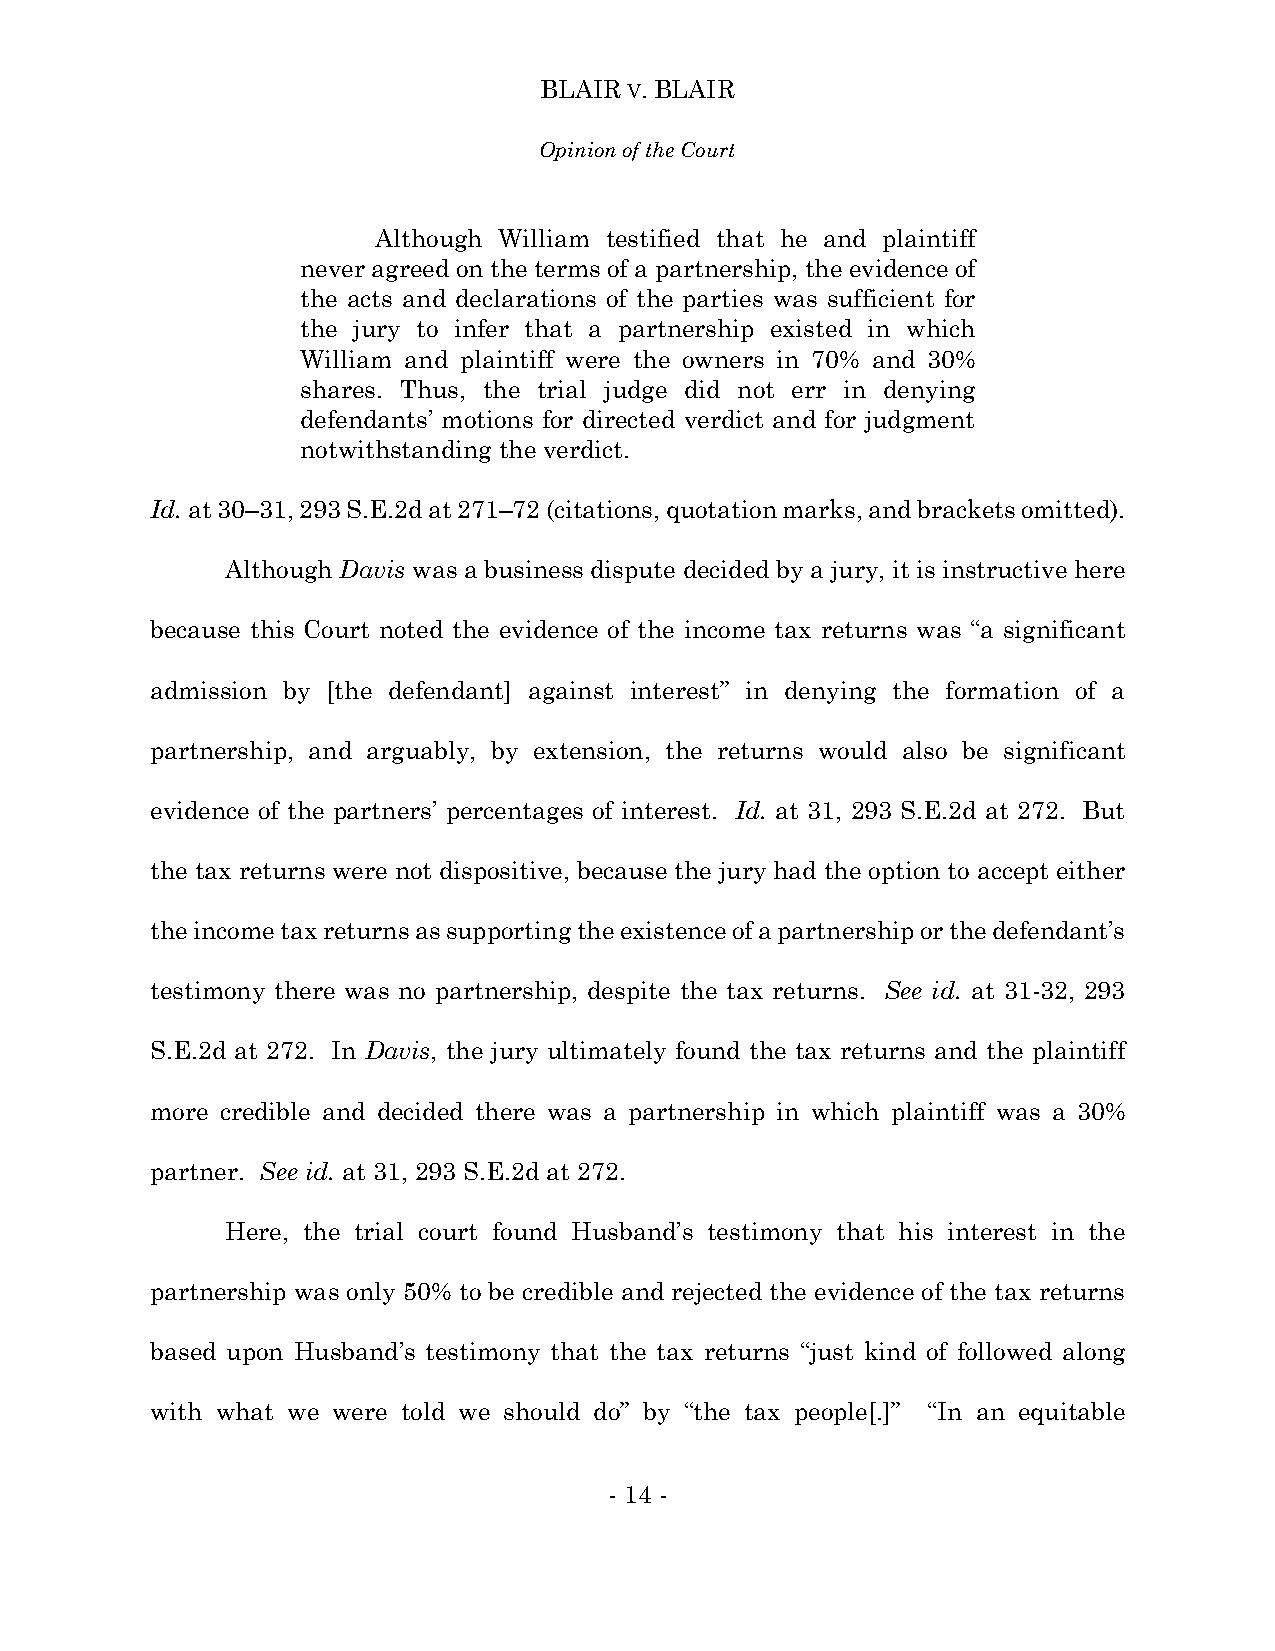
BLAIR V. BLAIR
 Opinion of the Court
 Although William testified that he and plaintiff
 never agreed on the terms of a partnership, the evidence of
 the acts and declarations of the parties was sufficient for
 the jury to infer that a partnership existed in which
 William and plaintiff were the owners in 70% and 30%
 shares. Thus, the trial judge did not err in denying
 defendants’ motions for directed verdict and for judgment
 notwithstanding the verdict.
 Id. at 30–31, 293 S.E.2d at 271–72 (citations, quotation marks, and brackets omitted).
 Although Davis was a business dispute decided by a jury, it is instructive here
 because this Court noted the evidence of the income tax returns was “a significant
 admission by [the defendant] against interest” in denying the formation of a
 partnership, and arguably, by extension, the returns would also be significant
 evidence of the partners’ percentages of interest. Id. at 31, 293 S.E.2d at 272. But
 the tax returns were not dispositive, because the jury had the option to accept either
 the income tax returns as supporting the existence of a partnership or the defendant’s
 testimony there was no partnership, despite the tax returns. See id. at 31-32, 293
 S.E.2d at 272. In Davis, the jury ultimately found the tax returns and the plaintiff
 more credible and decided there was a partnership in which plaintiff was a 30%
 partner. See id. at 31, 293 S.E.2d at 272.
 Here, the trial court found Husband’s testimony that his interest in the
 partnership was only 50% to be credible and rejected the evidence of the tax returns
 based upon Husband’s testimony that the tax returns “just kind of followed along
 with what we were told we should do” by “the tax people[.]” “In an equitable
 - 14 -